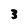
Character: 3